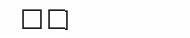
٦١